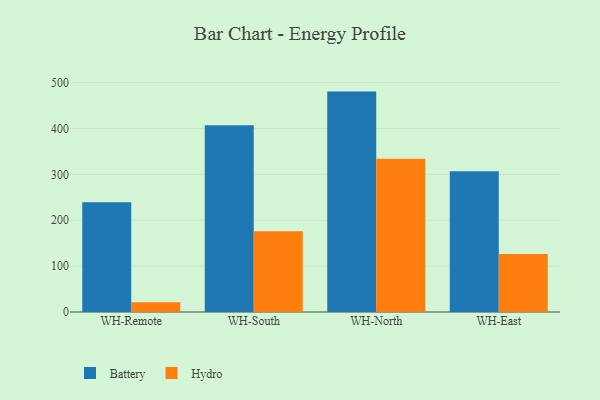
{"axis": {"x": "Warehouse", "y": "Demand Index"}, "legend": ["Battery", "Hydro"], "data": [{"x": "WH-Remote", "y": 239.1, "type": "Battery"}, {"x": "WH-Remote", "y": 21.0, "type": "Hydro"}, {"x": "WH-South", "y": 407.2, "type": "Battery"}, {"x": "WH-South", "y": 175.9, "type": "Hydro"}, {"x": "WH-North", "y": 480.5, "type": "Battery"}, {"x": "WH-North", "y": 334.1, "type": "Hydro"}, {"x": "WH-East", "y": 306.7, "type": "Battery"}, {"x": "WH-East", "y": 126.4, "type": "Hydro"}]}